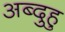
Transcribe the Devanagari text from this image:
अब्दुहु